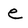
Character: e